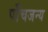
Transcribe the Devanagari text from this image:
पाँचजन्य